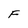
Character: F